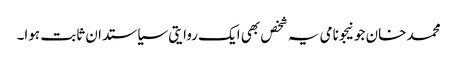
محمد خان جونیجو نامی یہ شخص بھی ایک روایتی سیاستدان ثابت ہوا۔